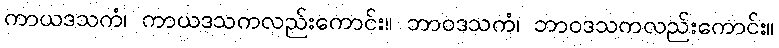
ကာယဒသကံ၊ ကာယဒသကလည်းကောင်း။ ဘာဝဒသကံ၊ ဘာဝဒသကလည်းကောင်း။